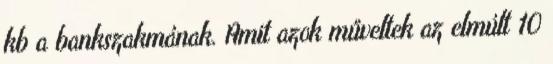
kb a bankszakmának. Amit azok műveltek az elmúlt 10